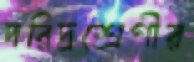
দরিদ্রশ্রেণীর